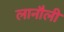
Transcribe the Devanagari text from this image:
लानौली